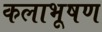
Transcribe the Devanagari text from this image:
कलाभूषण